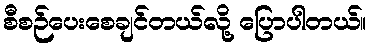
စီစဉ်ပေးစေချင်တယ်လို့ ပြောပါတယ်။